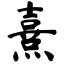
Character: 熹